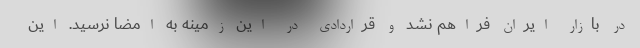
در بازار ایران فراهم نشد و قراردادی در این زمینه به امضا نرسید. این